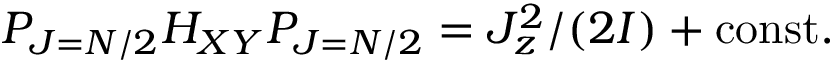
{ \cal P } _ { J = N / 2 } H _ { X Y } { \cal P } _ { J = N / 2 } = J _ { z } ^ { 2 } / ( 2 I ) + \mathrm { c o n s t . }